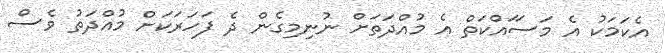
އެކަމަކު އެ މަސަައްކަތް އެ މުއްދަތަށް ނުނިމިގެން ދެ ފަހަރަަކަށް މުއްދަތު ވެސް